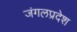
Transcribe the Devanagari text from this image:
जंगलप्रदेश